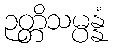
ဉတ္တိသမ္ပန္နံ